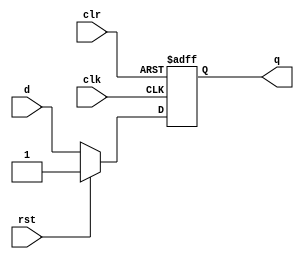
module DFF(
	input clk,clr,rst,d,
	output reg q
);

	always @(posedge clk or posedge clr) begin
		if (clr==1'b1) q<=1'b0;
		else if (rst==1'b1) q<=1'b1;
		else q<=d;
	end

endmodule



module DFF_8 (
	input [7:0] d,
	input clk,
	output reg [7:0] q
);
	always @(posedge clk) q<=d;
endmodule